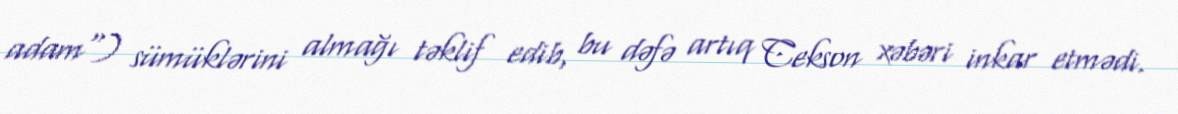
adam") sümüklərini almağı təklif edib, bu dəfə artıq Cekson xəbəri inkar etmədi.